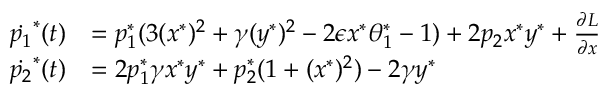
\begin{array} { r l } { \dot { p _ { 1 } } ^ { * } ( t ) } & { = p _ { 1 } ^ { * } ( 3 ( x ^ { * } ) ^ { 2 } + \gamma ( y ^ { * } ) ^ { 2 } - 2 \epsilon x ^ { * } \theta _ { 1 } ^ { * } - 1 ) + 2 p _ { 2 } x ^ { * } y ^ { * } + \frac { \partial { L } } { \partial { x } } } \\ { \dot { p _ { 2 } } ^ { * } ( t ) } & { = 2 p _ { 1 } ^ { * } \gamma x ^ { * } y ^ { * } + p _ { 2 } ^ { * } ( 1 + ( x ^ { * } ) ^ { 2 } ) - 2 \gamma y ^ { * } } \end{array}